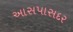
આસપાસદર